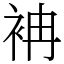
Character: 袡